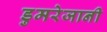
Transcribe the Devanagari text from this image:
डुमरेजानी